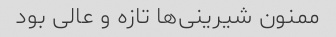
ممنون شیرینی‌ها تازه و عالی بود